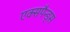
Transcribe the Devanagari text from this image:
एक्सपैन्ड्स